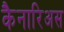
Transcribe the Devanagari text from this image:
कैनारिअस